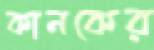
কানকের